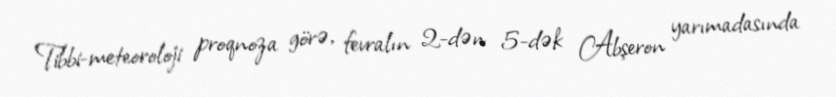
Tibbi-meteoroloji proqnoza görə, fevralın 2-dən 5-dək Abşeron yarımadasında